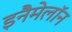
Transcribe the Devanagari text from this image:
इनैमेलॉन